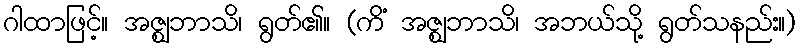
ဂါထာဖြင့်။ အဇ္ဈဘာသိ၊ ရွတ်၏။ (ကိံ အဇ္ဈဘာသိ၊ အဘယ်သို့ ရွတ်သနည်း။)